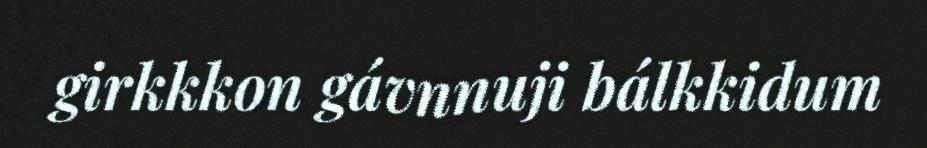
girkkkon gávnnuji bálkkidum